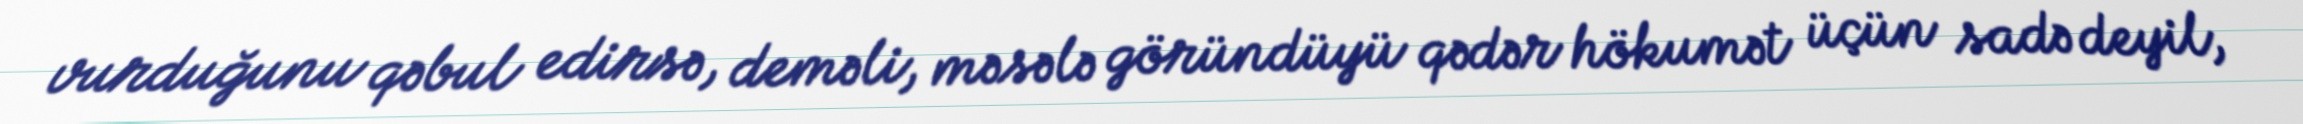
vurduğunu qəbul edirsə, deməli, məsələ göründüyü qədər hökumət üçün sadə deyil,